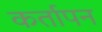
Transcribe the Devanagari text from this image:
कर्तापन